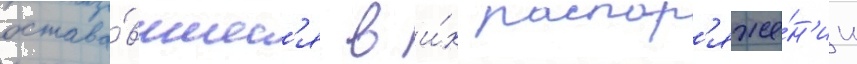
остава́вшиес'я в и́х распор'яже́н'ии